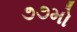
૭૭મો